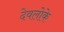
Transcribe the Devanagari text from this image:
देवलोके